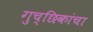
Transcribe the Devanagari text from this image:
गुच्छिकांचा